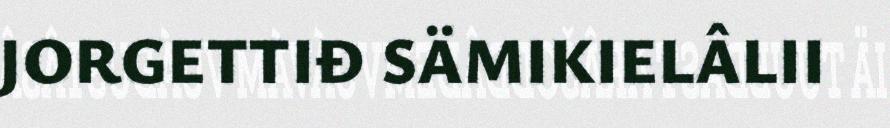
JORGETTIĐ SÄMIKIELÂLII